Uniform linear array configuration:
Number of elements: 4
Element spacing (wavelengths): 0.75
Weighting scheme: hamming
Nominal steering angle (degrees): -60
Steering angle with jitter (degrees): -59.468
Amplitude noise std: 0.05
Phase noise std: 0.05

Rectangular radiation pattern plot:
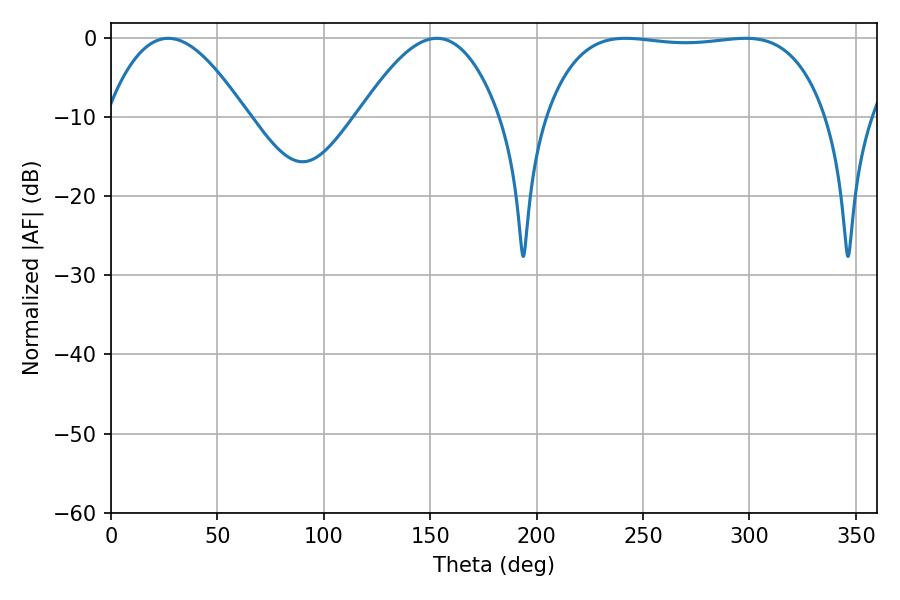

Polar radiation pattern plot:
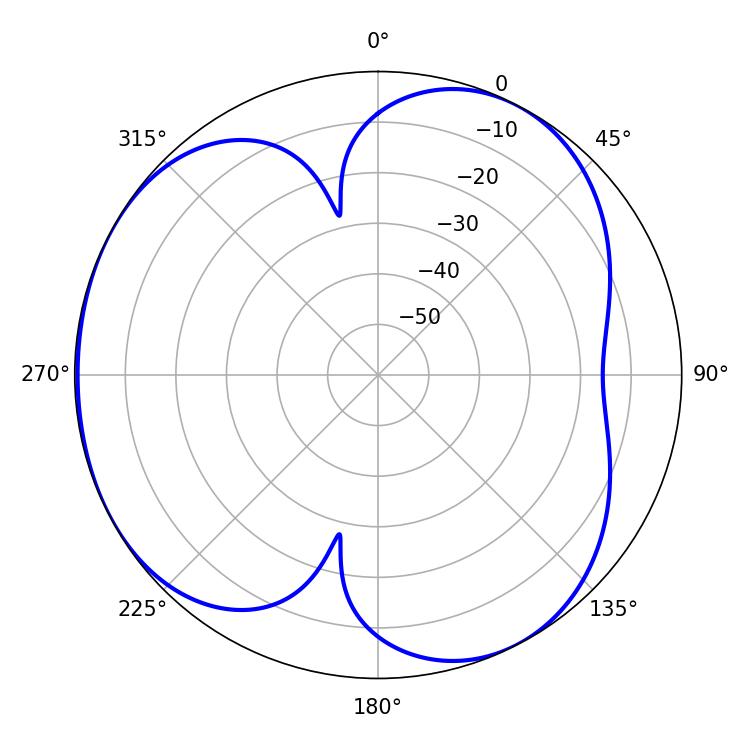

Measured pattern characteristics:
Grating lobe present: TRUE
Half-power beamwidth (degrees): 104.04
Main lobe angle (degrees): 241.74